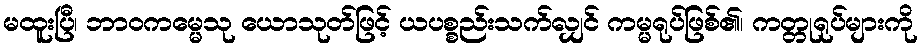
မထူးပြီ၊ ဘာဝကမ္မေသု ယောသုတ်ဖြင့် ယပစ္စည်းသက်လျှင် ကမ္မရုပ်ဖြစ်၏၊ ကတ္တုရုပ်များကို